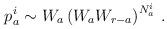
LaTeX: \begin{align*}p_{a}^{i} \sim W_{a}\left( W_{a}W_{r-a}\right)^{N^i_a} \, .\end{align*}